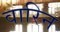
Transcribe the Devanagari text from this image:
वारिन